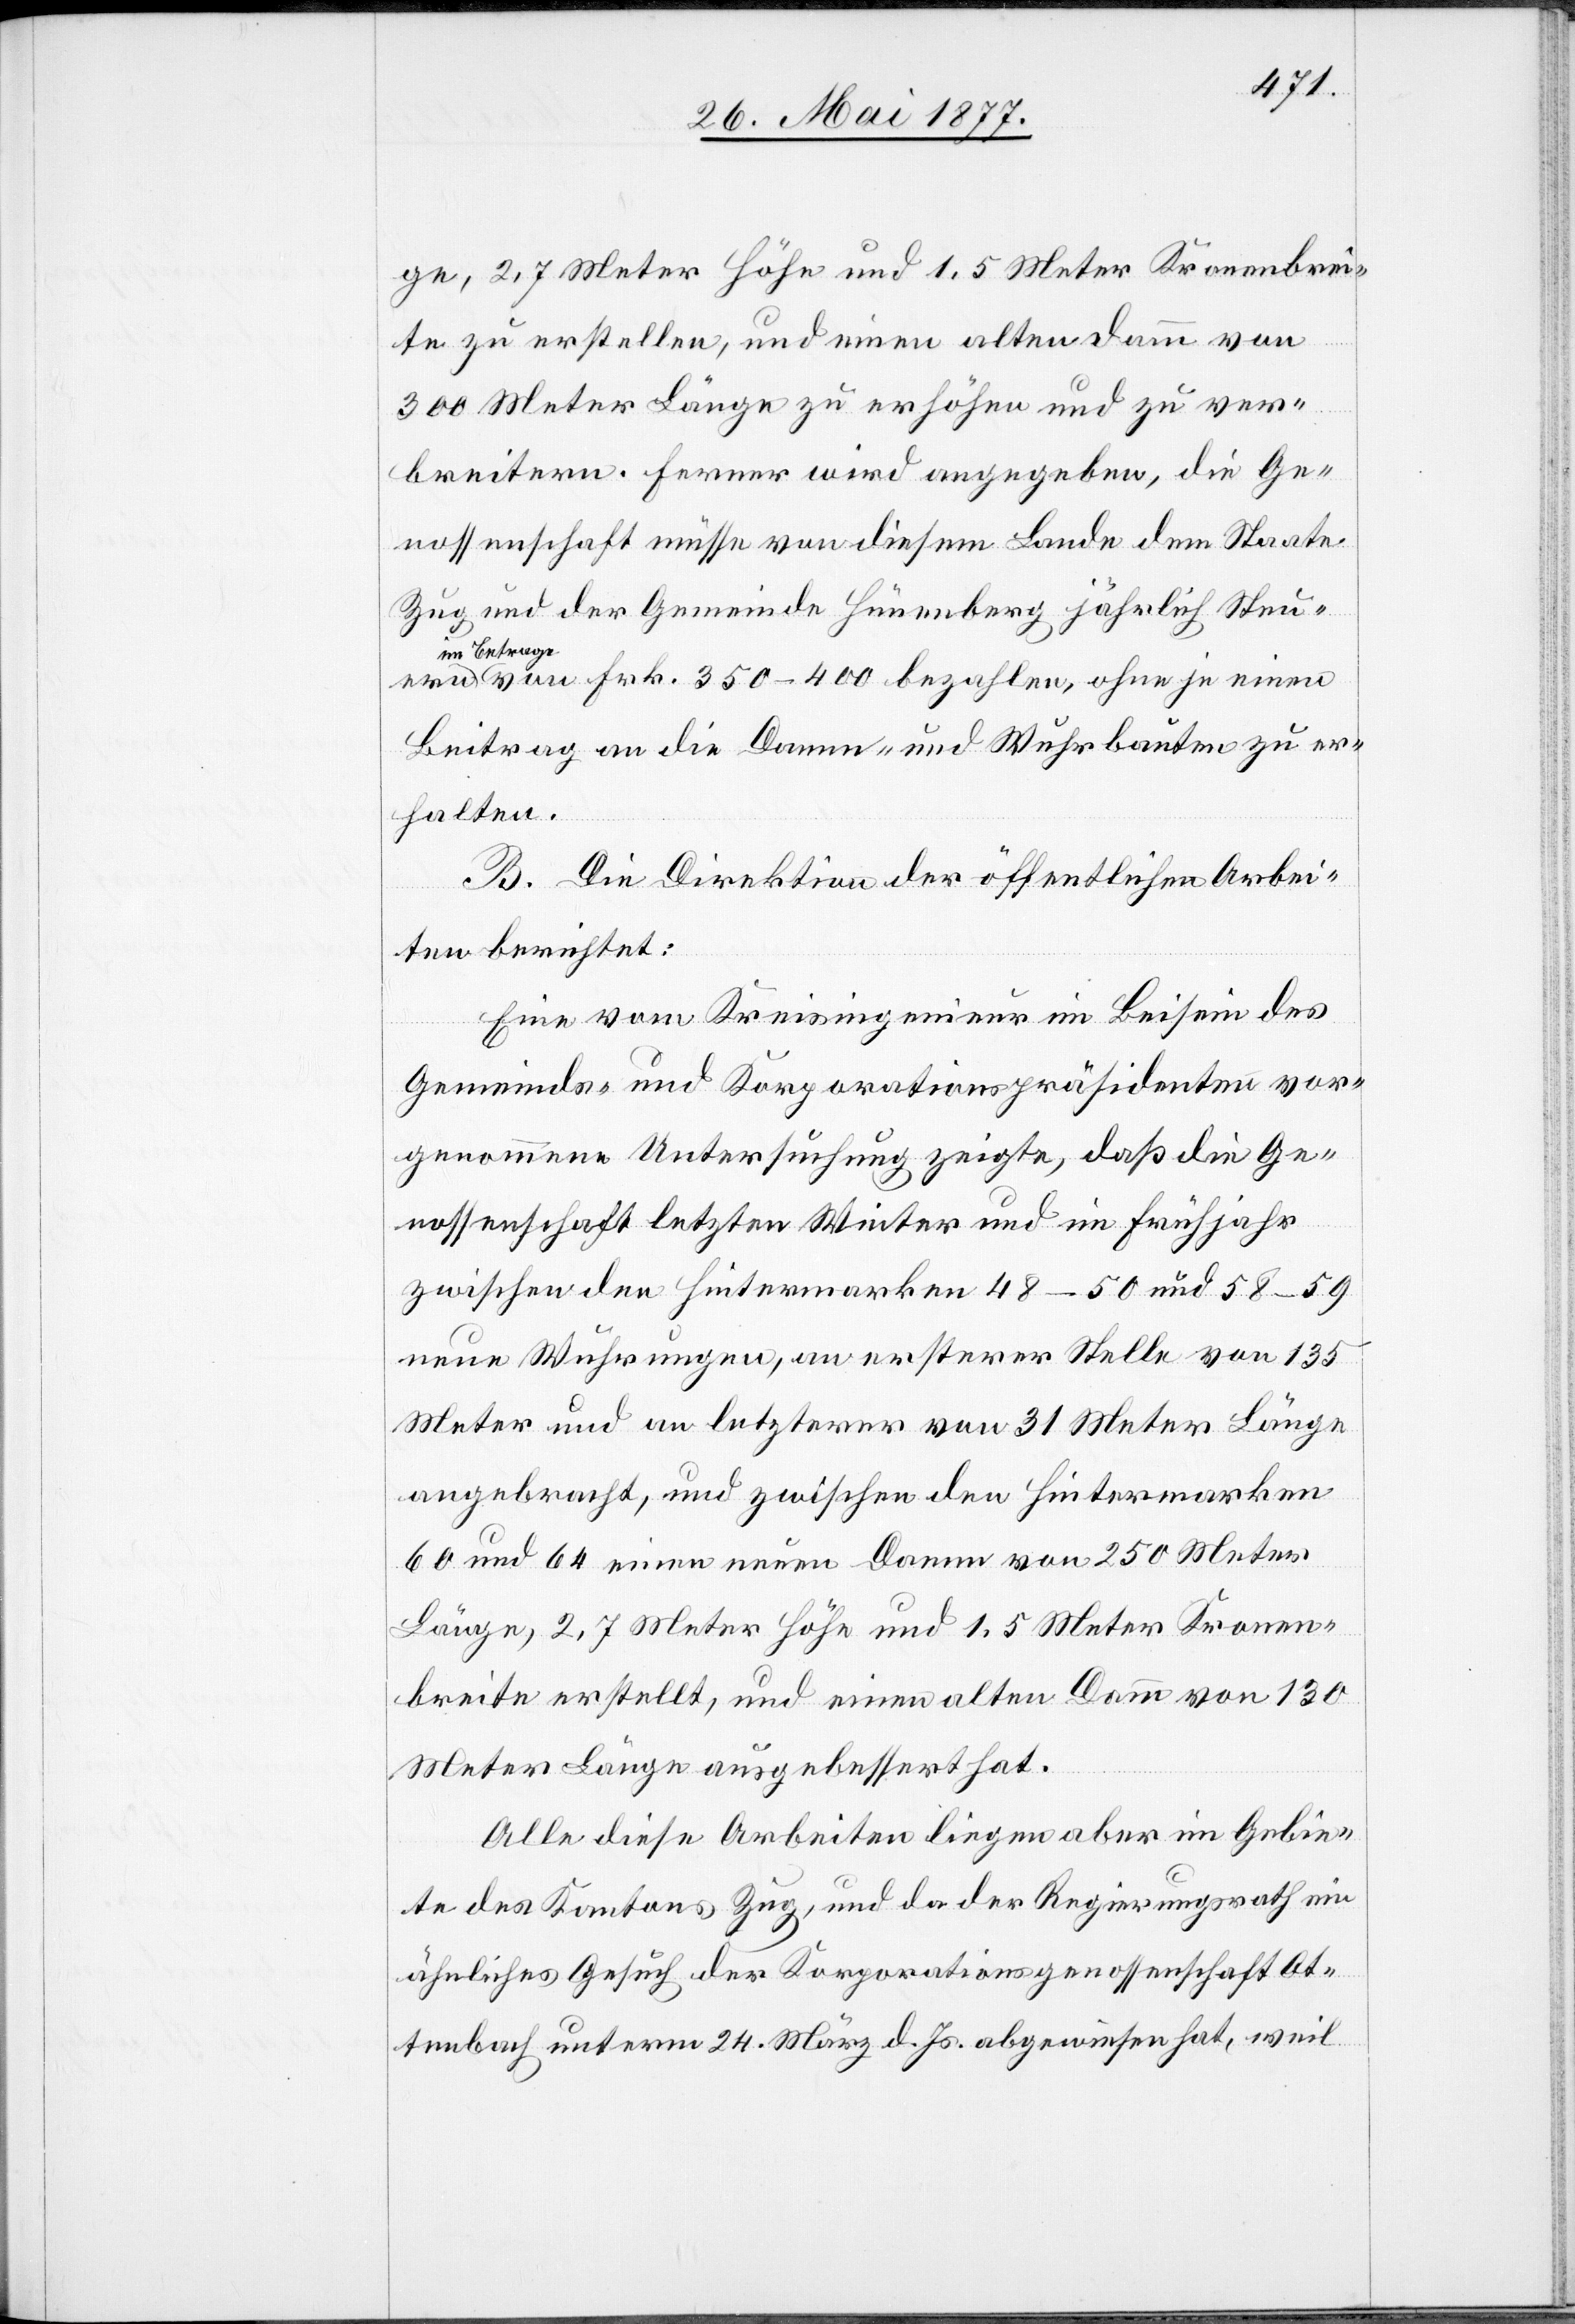
ge, 2.7 Meter Höhe und 1.5 Meter Kronenbrei¬
te zu erstellen, und einen alten Damm von
300 Meter Länge zu erhöhen und zu ver¬
breitern. Ferner wird angegeben, die Ge¬
nossenschaft müsse von diesem Lande dem Staate
Zug und der Gemeinde Hünenberg jährlich Steuern
im Betrage
von Frk. 350–400 bezahlen, ohne je einen
Beitrag an die Damm- oder Wuhrbauten zu er¬
halten.
B. Die Direktion der öffentlichen Arbei¬
ten berichtet:
Eine vom Kreisingenieur im Beisein des
Gemeinds- und Korporationspräsidenten vor¬
genommene Untersuchung zeigte, daß die Ge¬
nossenschaft letzten Winter und im Frühjahr
zwischen den Hintermarken 48–50 und 58–59
neue Wuhrungen, an ersterer Stelle von 135
Meter und an letzterer von 31 Meter Länge
angebracht, und zwischen den Hintermarken
60 und 64 einen neuen Damm von 250 Meter
Länge, 2.7 Meter Höhe und 1.5 Meter Kronen¬
breite erstellt, und einen alten Damm von 130
Meter Länge ausgebessert hat.
Alle diese Arbeiten liegen aber im Gebie¬
te des Kantons Zug, und da der Regierungsrath ein
ähnliches Gesuch der Korporationsgenossenschaft Ot¬
tenbach unterm 24. März d. Js. abgewiesen hat, weil